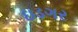
ઇડગર